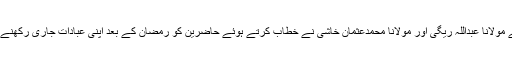
تراویح سے پہلے مولانا عبداللہ ریگی اور مولانا محمدعثمان خاشی نے خطاب کرتے ہوئے حاضرین کو رمضان کے بعد اپنی عبادات جاری رکھنے کی ترغیب دی۔